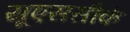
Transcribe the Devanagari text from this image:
यूएससीके